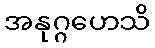
အနုဂ္ဂဟေသိ